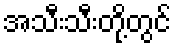
အသီးသီးတို့တွင်